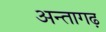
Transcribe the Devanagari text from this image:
अन्तागढ़